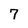
Character: 7